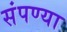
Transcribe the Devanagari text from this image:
संपण्या